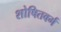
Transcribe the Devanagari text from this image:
शोषितवर्ग